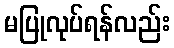
မပြုလုပ်ရန်လည်း